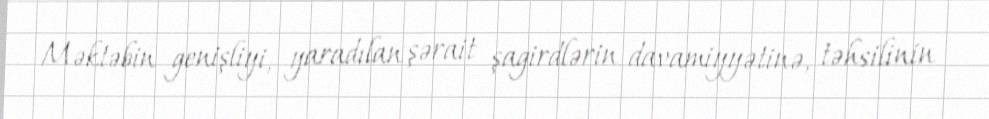
Məktəbin genişliyi, yaradılan şərait şagirdlərin davamiyyətinə, təhsilinin